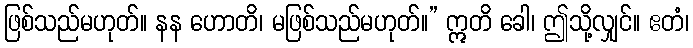
ဖြစ်သည်မဟုတ်။ နန ဟောတိ၊ မဖြစ်သည်မဟုတ်။” ဣတိ ခေါ၊ ဤသို့လျှင်။ ဧတံ၊